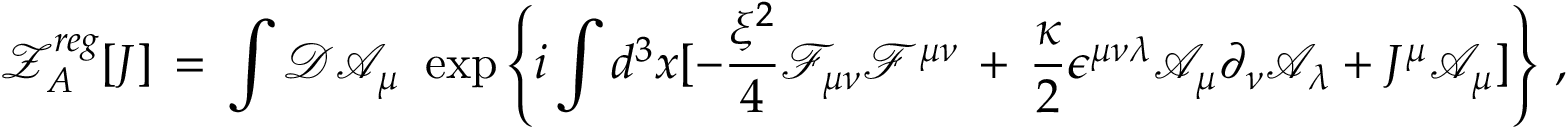
{ \mathcal Z } _ { A } ^ { r e g } [ J ] \, = \, \int { \mathcal D } { \mathcal A } _ { \mu } \, \, \exp \left\{ i \int d ^ { 3 } x [ - \frac { \xi ^ { 2 } } { 4 } { \mathcal F } _ { \mu \nu } { \mathcal F } ^ { \mu \nu } \, + \, \frac { \kappa } { 2 } \epsilon ^ { \mu \nu \lambda } { \mathcal A } _ { \mu } \partial _ { \nu } { \mathcal A } _ { \lambda } + J ^ { \mu } { \mathcal A } _ { \mu } ] \right\} \, ,